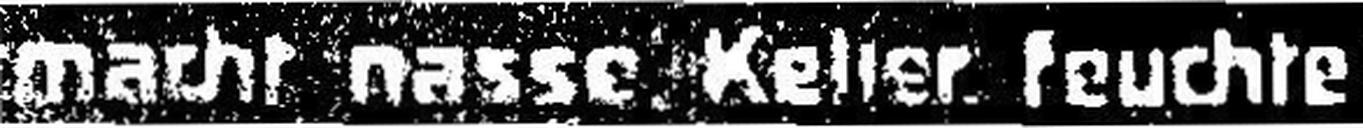
macht nasse Keller feuchte